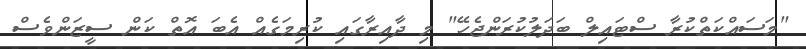
"މަސައްކަތްކުރާ ސްޓައިލް ބަދަލުކުރަންޖެހޭ" މި ދާއިރާގައި ކުރިމަގެއް އެބަ އޮތް ކަން ސީޒަންވެސް